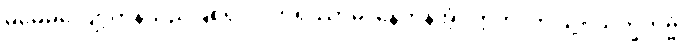
မမေ့မလျော့ကုန်သည်ဖြစ်၍။ ဝိဟရိဿာမ၊ နေကုန်အံ့။ ဣတိ၊ ဤသို့။ သိက္ခိတဗ္ဗံ၊